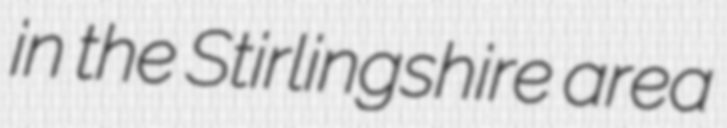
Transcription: in the Stirlingshire area